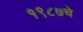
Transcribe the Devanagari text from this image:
१९८७चे